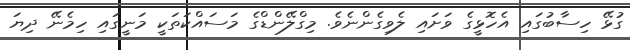
ގުޅޭ ހިސާބުގައި އެހޮޅީގެ ވަށައި ލެވިގެންނެވެ. މިގްލޭންޑްގެ މަސައްކަތަކީ މަނީގައި ހިމެނޭ ދިޔަ